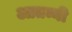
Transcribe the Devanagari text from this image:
आतम्नी